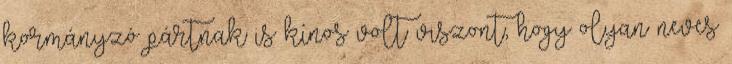
kormányzó pártnak is kínos volt viszont, hogy olyan neves